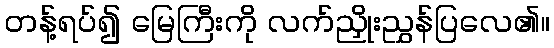
တန့်ရပ်၍ မြေကြီးကို လက်ညှိုးညွှန်ပြလေ၏။